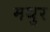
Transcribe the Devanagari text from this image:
मथुर